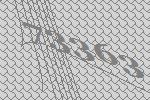
73363